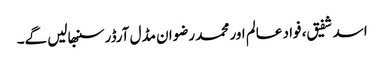
اسد شفیق، فواد عالم اور محمد رضوان مڈل آرڈر سنبھالیں گے۔